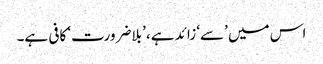
اس میں ’سے‘ زائد ہے، ’بلاضرورت‘ کافی ہے۔